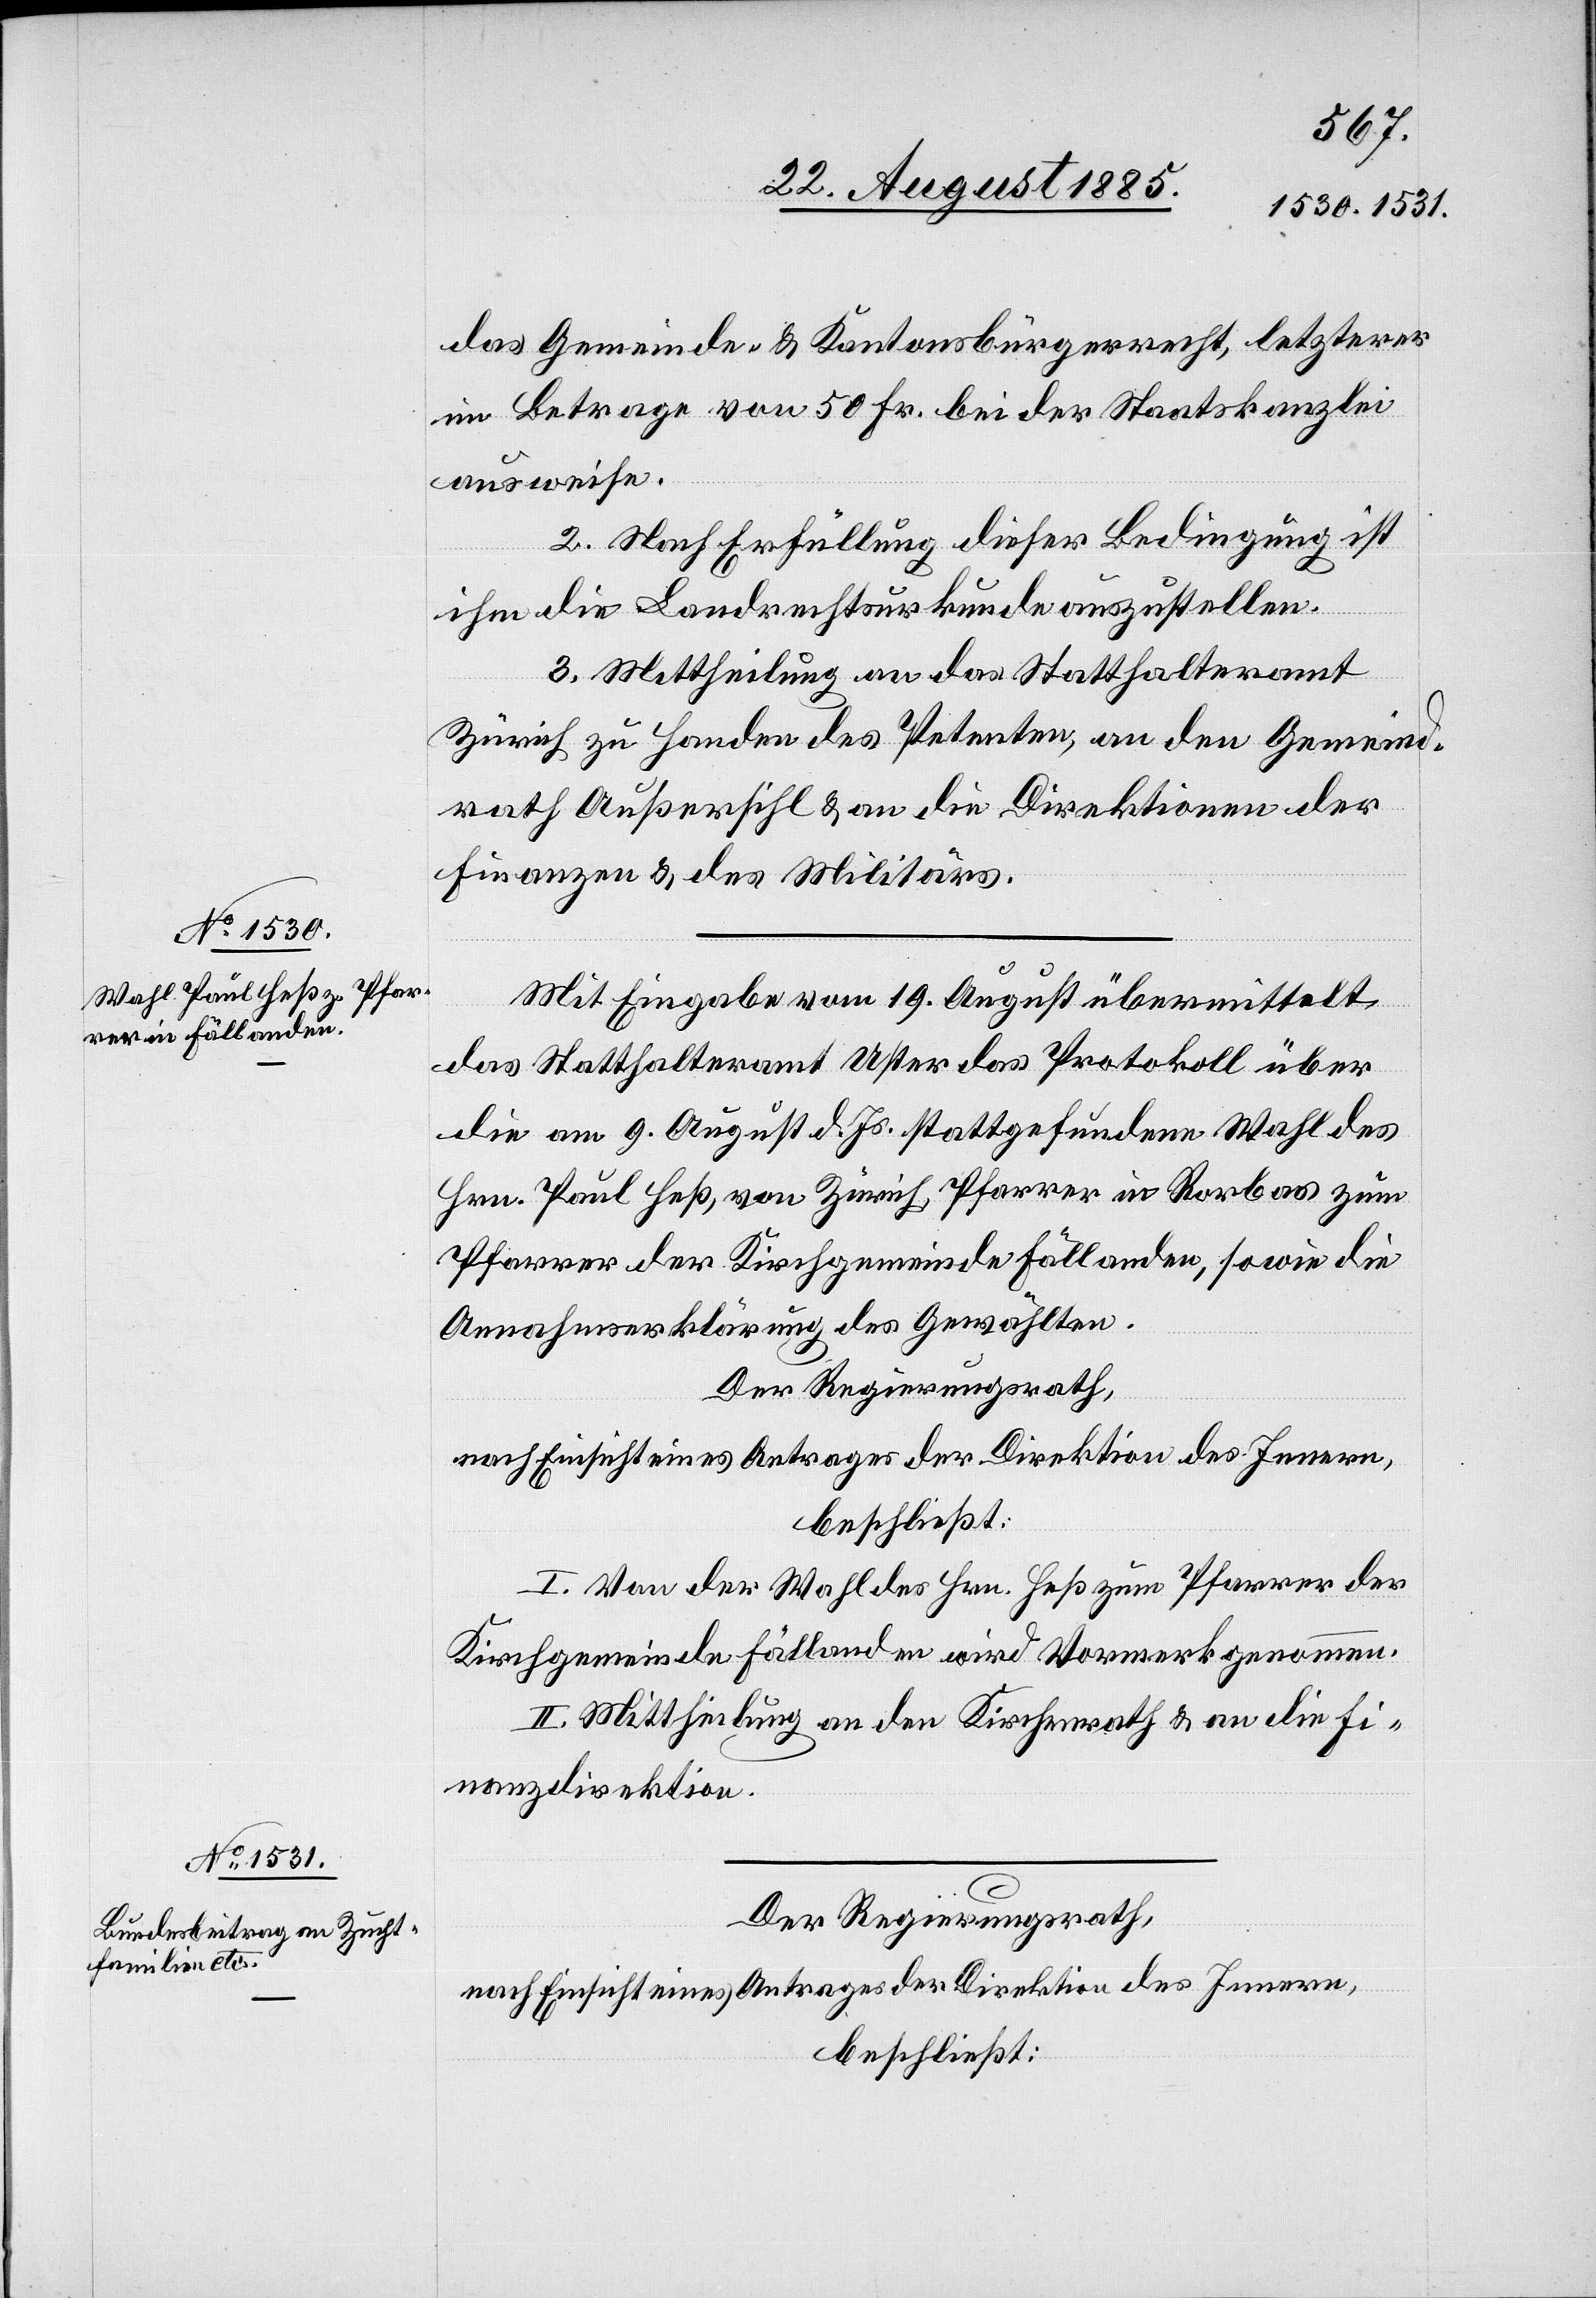
das Gemeinde- & Kantonsbürgerrecht, letzterer
im Betrage von 50 Fr. bei der Staatskanzlei
ausweise.
2. Nach Erfüllung dieser Bedingung ist
ihm die Landrechtsurkunde auszustellen.
3. Mittheilung an das Statthalteramt
Zürich zu Handen des Petenten, an den Gemeind¬
rath Außersihl & an die Direktionen der
Finanzen & des Militärs.
Mit Eingabe vom 19. August übermittelt
das Statthalteramt Uster das Protokoll über
die am 9. August d. Js. stattgefundene Wahl des
Hrn. Paul Heß, von Zürich, Pfarrer in Rorbas zum
Pfarrer der Kirchgemeinde Fällanden, sowie die
Annahmserklärung des Gewählten.
Der Regierungsrath,
nach Einsicht eines Antrages der Direktion des Innern,
beschließt:
I. Von der Wahl des Hrn. Heß zum Pfarrer der
Kirchgemeinde Fällanden wird Vormerk genommen.
II. Mittheilung an den Kirchenrath & an die Fi¬
nanzdirektion.
Der Regierungsrath,
nach Einsicht eines Antrages der Direktion des Innern,
beschließt: